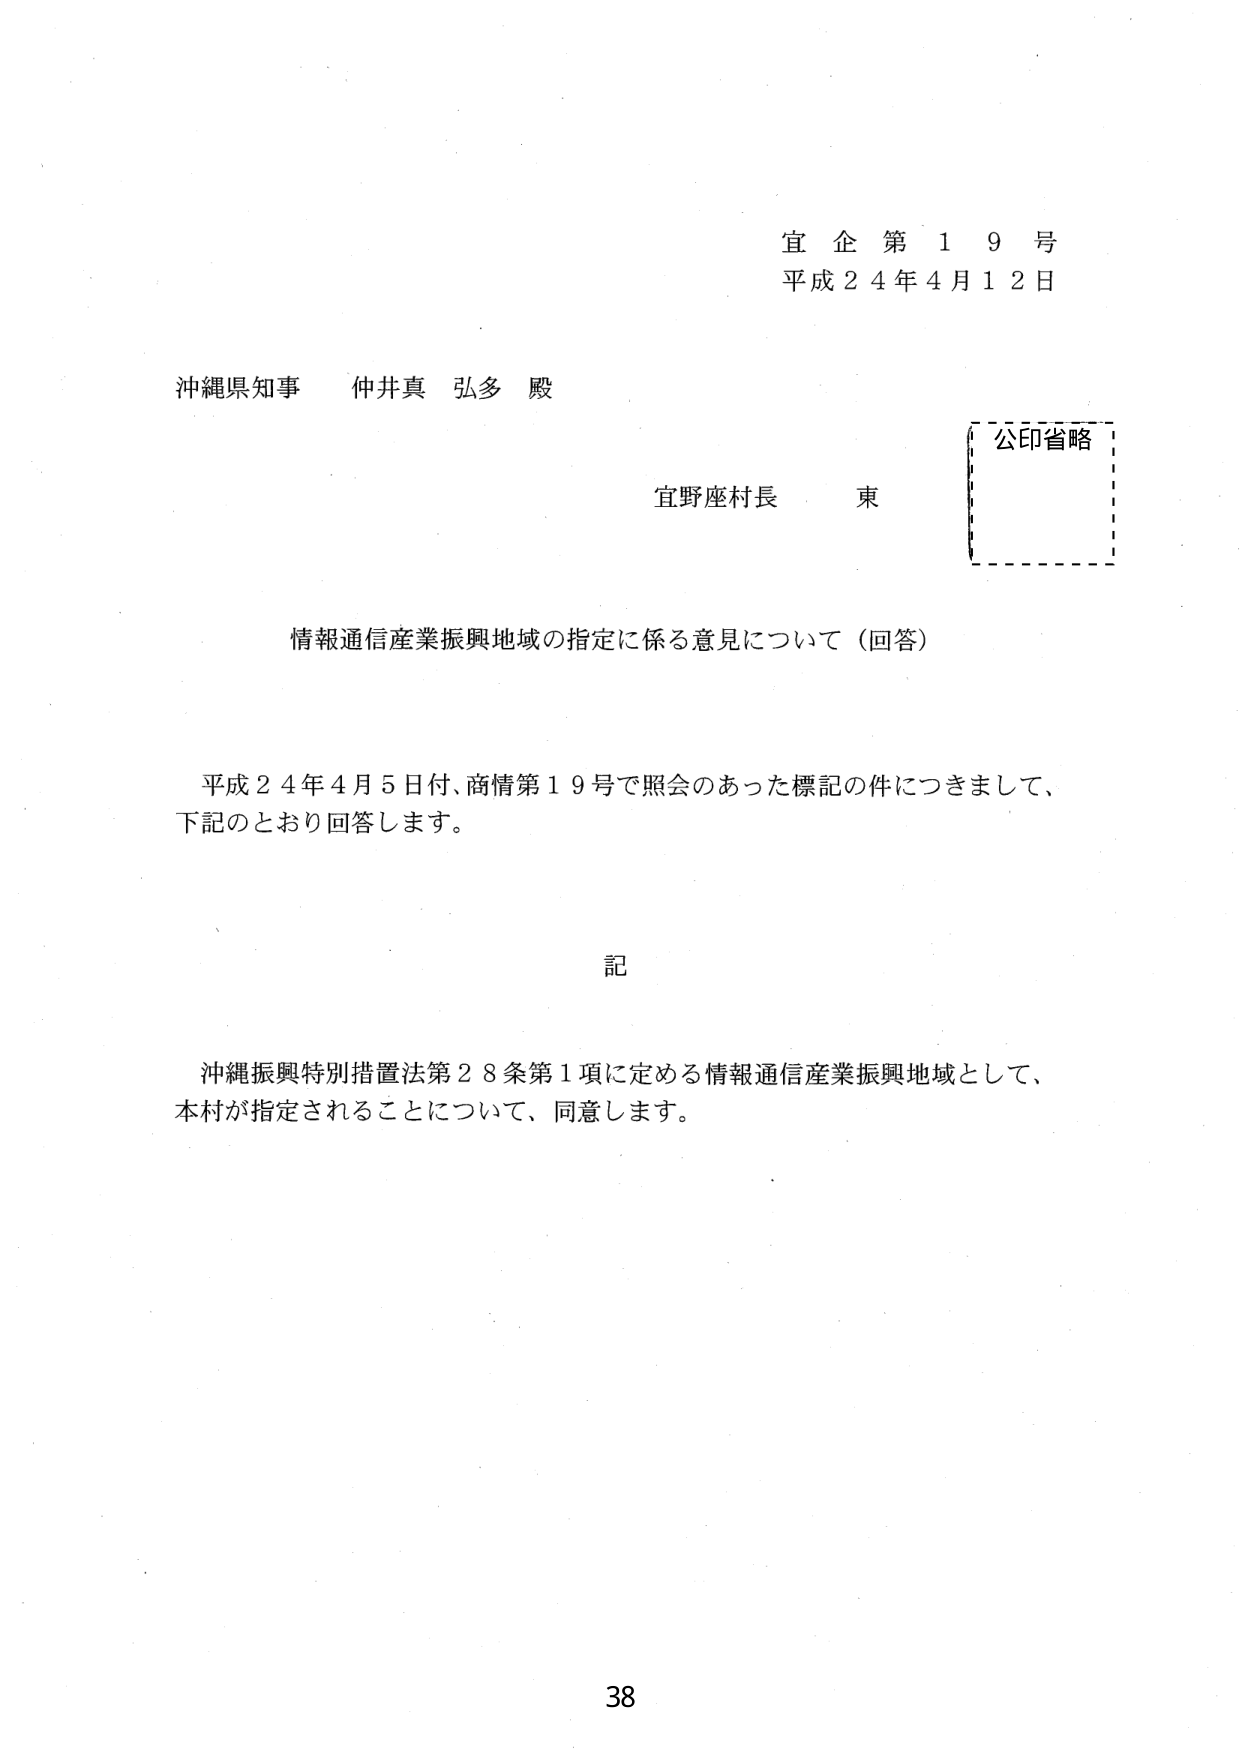
宜企第19号
平成24年4月12日

沖縄県知事 仲井真 弘多 殿

宜野座村長 東

公印省略

情報通信産業振興地域の指定に係る意見について（回答）

平成24年4月5日付、商情第19号で照会のあった標記の件につきまして、
下記のとおり回答します。

記

沖縄振興特別措置法第28条第1項に定める情報通信産業振興地域として、
本村が指定されることについて、同意します。

38